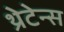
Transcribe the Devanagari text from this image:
थ्रेटेन्स